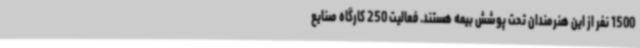
1500 نفر از این هنرمندان تحت پوشش بیمه هستند. فعالیت 250 کارگاه صنایع